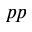
_ { p p }